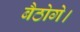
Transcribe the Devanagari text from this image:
बैठोगे।